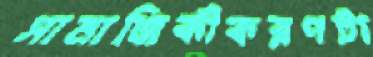
সামাজিকীকরণটা